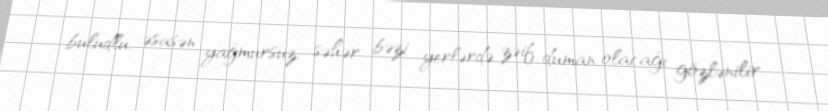
buludlu, əsasən yağmursuz, səhər bəzi yerlərdə zəif duman olacağı gözlənilir.